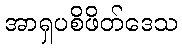
အာရှပစိဖိတ်ဒေသ